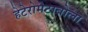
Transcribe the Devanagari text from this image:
हेटेरोमेटाबोला